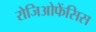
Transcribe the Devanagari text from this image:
रोजिओफेंसिस